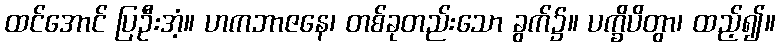
ထင်အောင် ပြဦးအံ့။ ဟကဘာဇနေ၊ တစ်ခုတည်းသော ခွက်၌။ ပက္ခိပိတွာ၊ ထည့်၍။